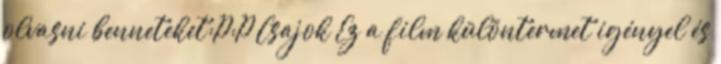
olvasni benneteket:P:P Csajok Ez a film különtermet igényel és